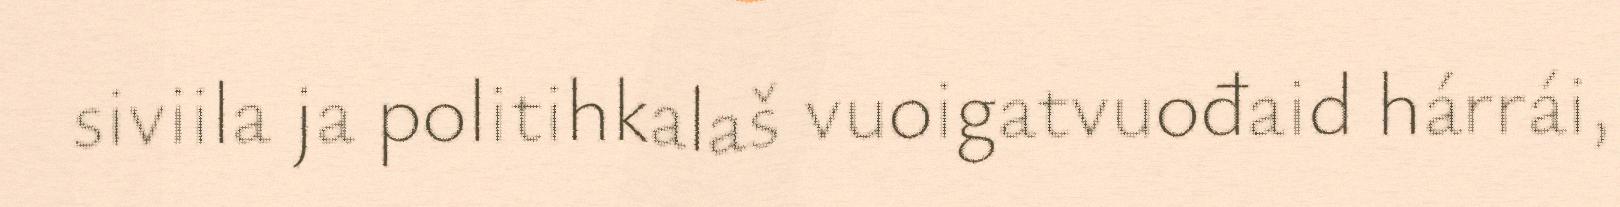
siviila ja politihkalaš vuoigatvuođaid hárrái,